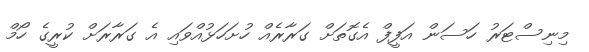
މިނިސްޓަރު ހަސަން އަފީފް އެގޮތަށް ގަރާރެއް ހުށަހަޅުއްވައި އެ ގަރާރަށް ކުރީގެ ހޯމް